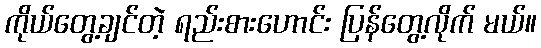
ကိုယ်တွေ့ချင်တဲ့ ရည်းစားဟောင်း ပြန်တွေ့လိုက် မယ်။